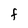
Character: F